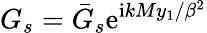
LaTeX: G_{s}=\bar{G}_{s}\mathrm{e}^{\mathrm{i}kMy_{1}/\beta^{2}}